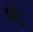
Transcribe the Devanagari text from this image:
शॅटू